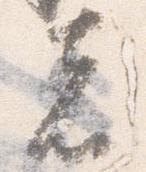
者